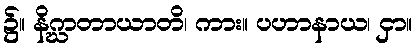
၌။ နိဂ္ဃာတာယာတိ၊ ကား။ ပဟာနာယ၊ ငှာ။